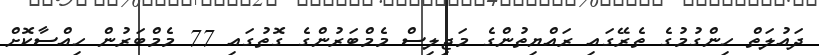
ދައުލަތް ހިންގުމުގެ ތެރޭގައި ރައްޔިތުންގެ މަޖިލިސް މެމްބަރުންގެ ގޮތުގައި 77 މެމްބަރުން ހިއްސާކޮށް